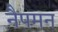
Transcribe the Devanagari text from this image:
नैपमन